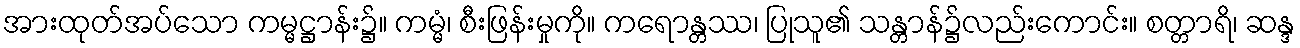
အားထုတ်အပ်သော ကမ္မဋ္ဌာန်း၌။ ကမ္မံ၊ စီးဖြန်းမှုကို။ ကရောန္တဿ၊ ပြုသူ၏ သန္တာန်၌လည်းကောင်း။ စတ္တာရိ၊ ဆန္ဒ